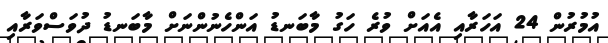
އުމުރުން 24 އަހަރާއި އެއަށް ވުރެ ހަގު މާބަނޑު އަންހެނުންނަށް މާބަނޑު ދުވަސްވަރާއި